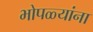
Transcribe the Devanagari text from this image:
भोपळ्यांना